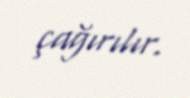
çağırılır.